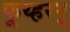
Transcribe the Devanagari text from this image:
फूय्हरर्